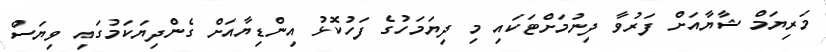
މަރިޔަމް ޝާޔާއަށް ފަރުވާ ދިނުމަށްޓަކައި މި ދިޔަމަހުގެ ފަހުކޮޅު އިންޑިޔާއަށް ގެންދިޔަކަމުގައި ވިޔަސް